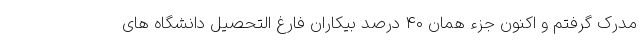
مدرک گرفتم و اکنون جزء همان ۴۰ درصد بیکاران فارغ التحصیل دانشگاه های